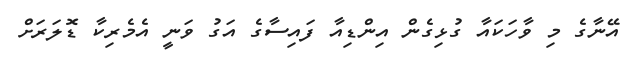
އޭނާގެ މި ވާހަކައާ ގުޅިގެން އިންޑިއާ ފައިސާގެ އަގު ވަނީ އެމެރިކާ ޑޮލަރަށް